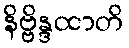
နိဗ္ဗိန္ဒထာတိ